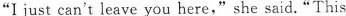
"I just can't leave you here," she said."This